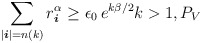
\begin{align*} \sum_{ | \boldsymbol{i} | = n(k) } r_{ \boldsymbol{i} }^ \alpha \geq \epsilon _0\, e^{k \beta / 2 } k >1 , P_V \end{align*}